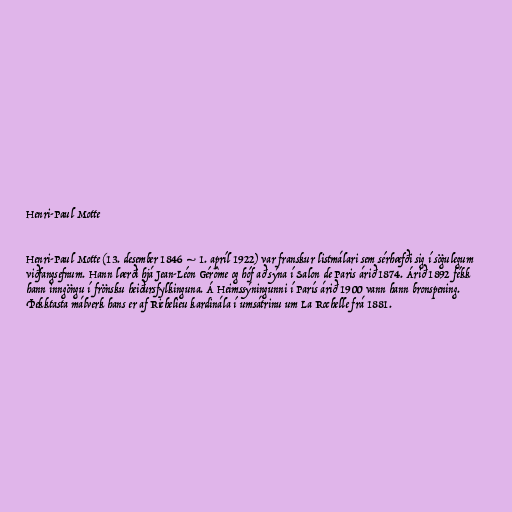
Henri-Paul Motte

Henri-Paul Motte (13. desember 1846 – 1. apríl 1922) var franskur listmálari sem sérhæfði sig í sögulegum
viðfangsefnum. Hann lærði hjá Jean-Léon Gérôme og hóf að sýna í Salon de Paris árið 1874. Árið 1892 fékk
hann inngöngu í frönsku heiðursfylkinguna. Á Heimssýningunni í París árið 1900 vann hann bronspening.
Þekktasta málverk hans er af Richelieu kardinála í umsátrinu um La Rochelle frá 1881.